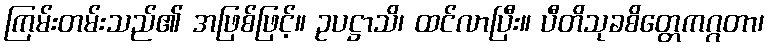
ကြမ်းတမ်းသည်၏ အဖြစ်ဖြင့်။ ဥပဋ္ဌာသိ၊ ထင်လာပြီး။ ပီတိသုခစိတ္တေကဂ္ဂတာ၊